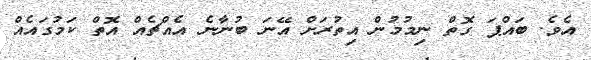
އެވެ. ބައްޕަ ގޮތް ނިމުމުން އިތުރަށް އޭނަ ބުނާނެ އެއްޗެއް އޮތް ކަމުގައެއް